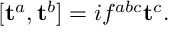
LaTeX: [ \mathbf { t } ^ { a } , \mathbf { t } ^ { b } ] = i f ^ { a b c } \mathbf { t } ^ { c } .